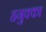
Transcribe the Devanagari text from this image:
हनुक्का